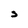
Character: s